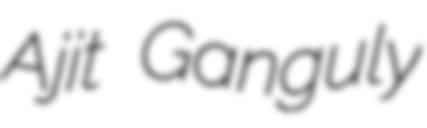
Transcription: Ajit Ganguly